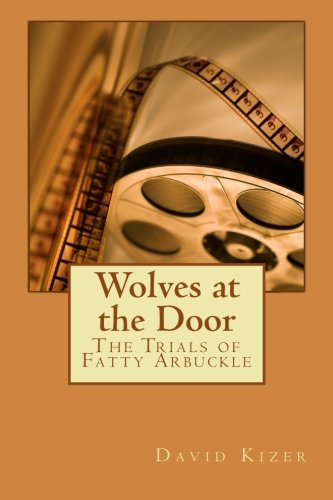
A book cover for Wolves at the Door: The Trials of Fatty Arbuckle; David Allen Kizer; Law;